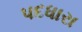
પદધારા